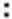
: